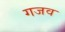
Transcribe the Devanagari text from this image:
गजव